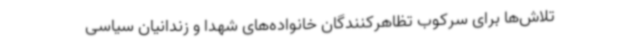
تلاش‌ها برای سرکوب تظاهرکنندگان خانواده‌های شهدا و زندانیان سیاسی